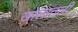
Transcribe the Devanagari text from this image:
खोलातली